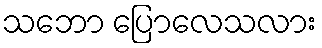
သဘော ပြောလေသလား